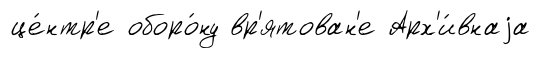
це́нтр'е оборо́ну вр'ятован'е Арх'и́внаjа